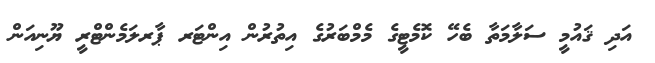
އަދި ޤައުމީ ސަލާމަތާ ބެހޭ ކޮމެޓީގެ މެމްބަރުގެ އިތުރުން އިންޓަރ ޕާރލަމެންޓްރީ ޔޫނިއަން